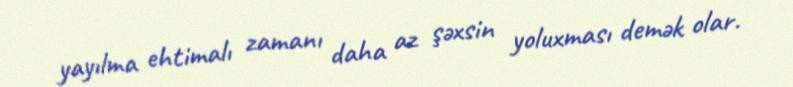
yayılma ehtimalı zamanı daha az şəxsin yoluxması demək olar.